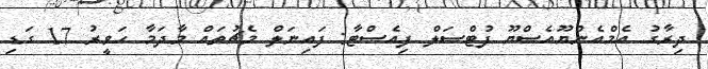
ދިރާގު އެމްއެންޔޫއެސްޔޫ ފުޓްސަލް ފިއެސްޓާ: ފައިނަލް މެޗުތައް މާދަމާ ހަވީރު 17 ގަޑި